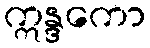
ဣန္ဒကော